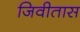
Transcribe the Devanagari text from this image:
जिवीतास